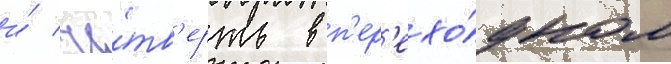
и́ че́тв'ерть в п'ер'ехо́дном